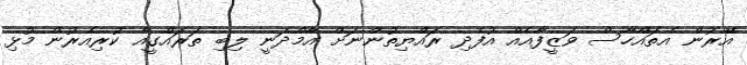
އޭރުން އެތައްހާސް ވަޒީފާއެއް އުފެދި ރައްޔިތުންނަށް އާމްދަނީ ލިބި ތަރައްގީއާ ކުރިއެރުން މުޅި